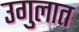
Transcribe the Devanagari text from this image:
उगुलात